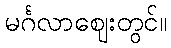
မင်္ဂလာဈေးတွင်။